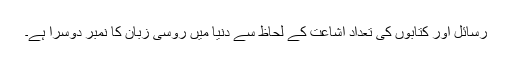
رسائل اور کتابوں کی تعداد اشاعت کے لحاظ سے دنیا میں روسی زبان کا نمبر دوسرا ہے۔